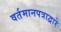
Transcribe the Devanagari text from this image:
वर्तमानपत्राद्वारे